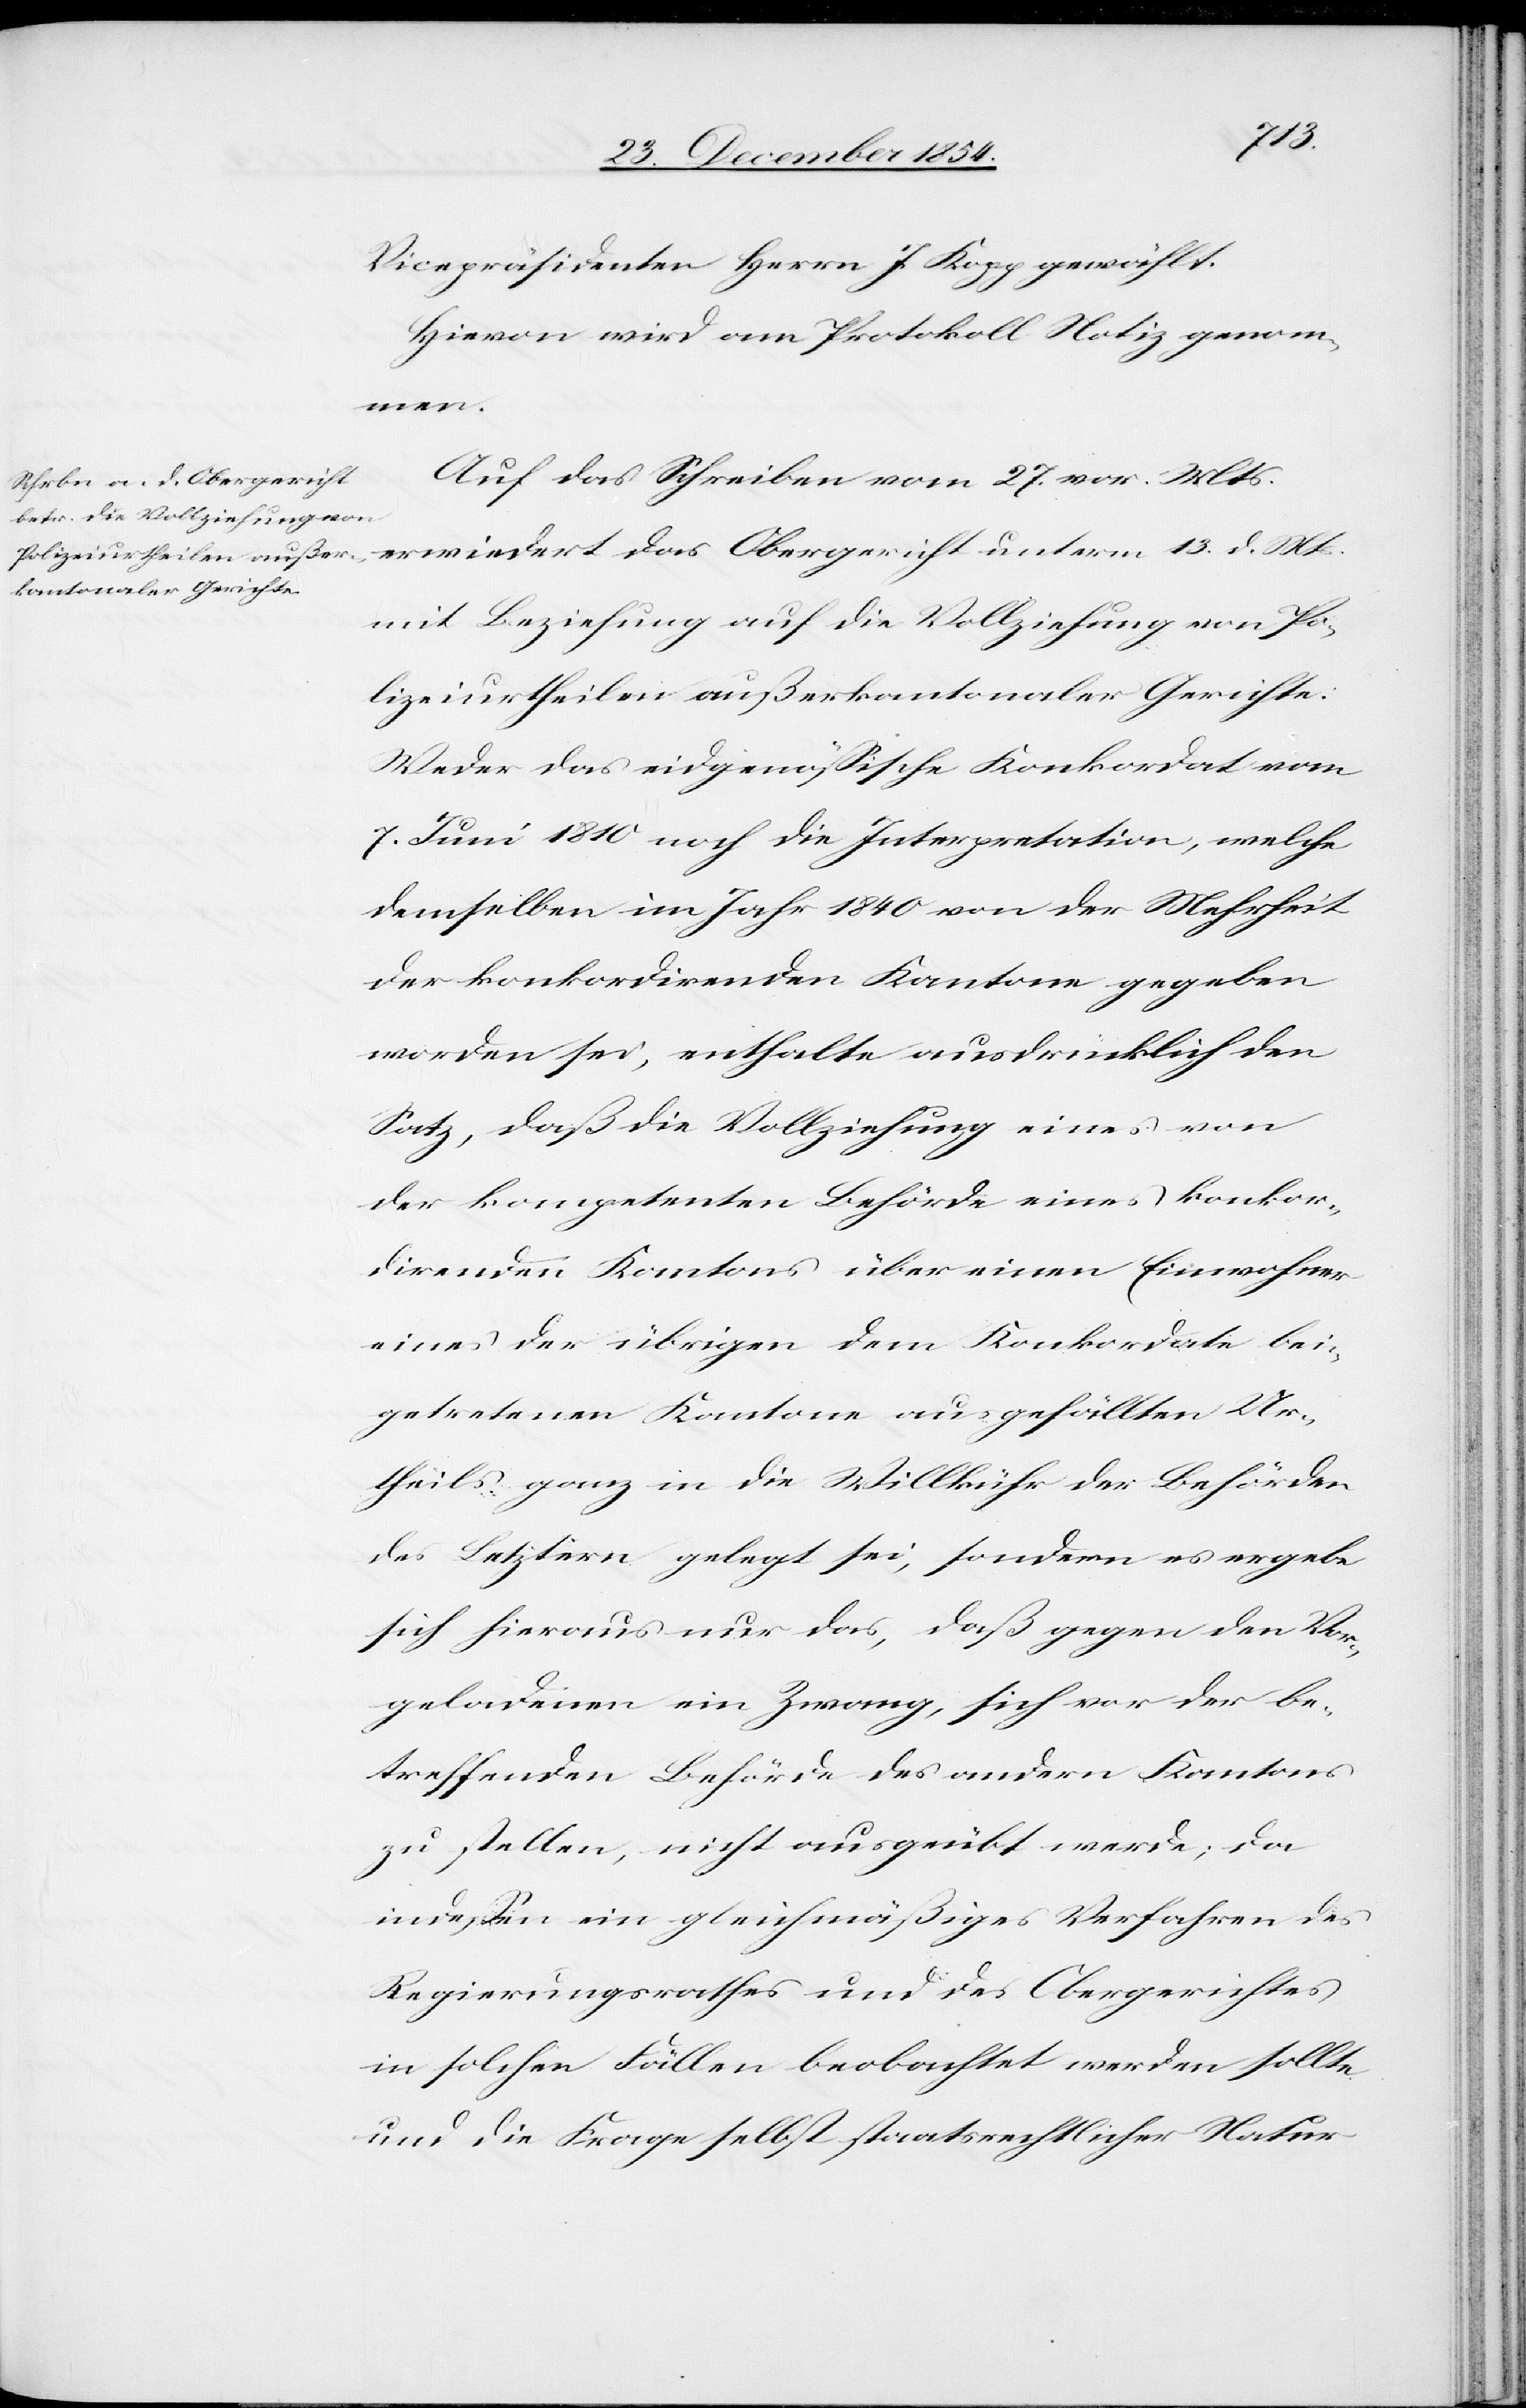
Mts.
Vicepräsidenten Herrn J. Kopp gewählt.
Hievon wird am Protokoll Notiz genom¬
men.
Auf das Schreiben vom 27. vor. Mts.
mit Beziehung auf die Vollziehung von Po¬
lizeiurtheilen außerkantonaler Gerichte:
Weder das eidgenößische Konkordat vom
7. Juni 1810 noch die Interpretation, welche
demselben im Jahr 1840 von der Mehrheit
der konkordirenden Kantone gegeben
worden sei, enthalte ausdrücklich den
Satz, daß die Vollziehung eines von
der kompetenten Behörde eines konkor¬
direnden Kantons über einen Einwohner
eines der übrigen dem Konkordate bei¬
getretenen Kantone ausgefällten Ur¬
theils ganz in die Willkühr der Behörden
der Letztern gelegt sei, sondern es ergebe
sich hieraus nur das, daß gegen den Vor¬
geladenen ein Zwang, sich vor der be¬
treffenden Behörde des andern Kantons
zu stellen, nicht ausgeübt werde; da
indeßen ein gleichmäßiges Verfahren des
Regierungsrathes und des Obergerichtes
in solchen Fällen beobachtet werden sollte
und die Frage selbst staatsrechtlicher Natur